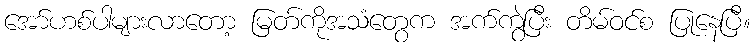
အော်ဟစ်ပါများလာတော့ မြတ်ကိုအသံတွေက အက်ကွဲပြီး တိမ်ဝင်စ ပြုနေပြီ။